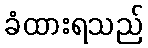
ခံထားရသည်